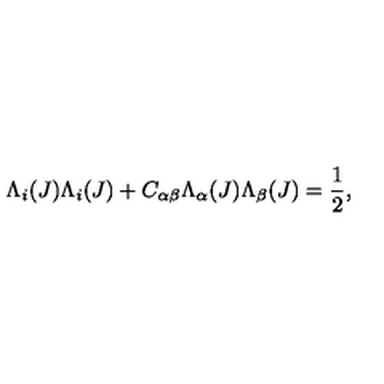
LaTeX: \Lambda _ { i } ( J ) \Lambda _ { i } ( J ) + C _ { \alpha \beta } \Lambda _ { \alpha } ( J ) \Lambda _ { \beta } ( J ) = \frac { 1 } { 2 } ,